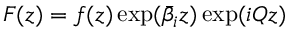
F ( z ) = f ( z ) \exp ( { \bar { \beta } } _ { i } z ) \exp ( i Q z )